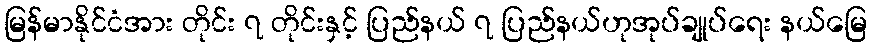
မြန်မာနိုင်ငံအား တိုင်း ၇ တိုင်းနှင့် ပြည်နယ် ၇ ပြည်နယ်ဟုအုပ်ချုပ်ရေး နယ်မြေ